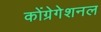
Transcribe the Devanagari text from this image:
कोंग्रेगेशनल